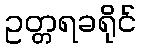
ဥတ္တရခရိုင်